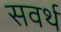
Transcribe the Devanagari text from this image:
सवर्थ